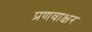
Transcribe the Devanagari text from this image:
प्रणवाक्षर